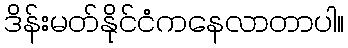
ဒိန်းမတ်နိုင်ငံကနေလာတာပါ။